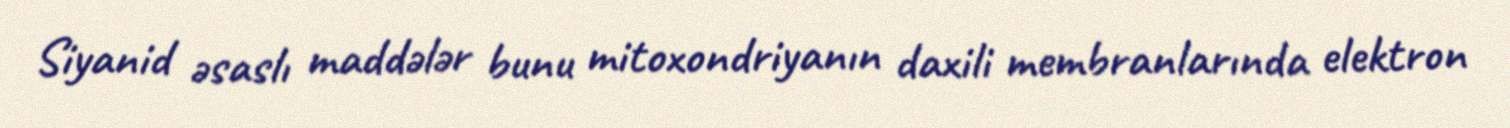
Siyanid əsaslı maddələr bunu mitoxondriyanın daxili membranlarında elektron